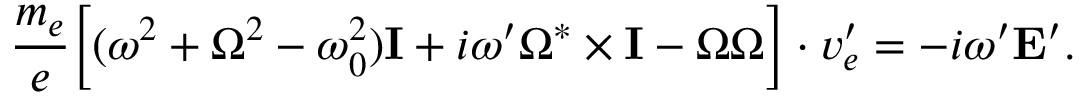
\frac { m _ { e } } { e } \Big [ ( \omega ^ { 2 } + \Omega ^ { 2 } - \omega _ { 0 } ^ { 2 } ) { \mathbf I } + i \omega ^ { \prime } \boldsymbol \Omega ^ { * } \times { \mathbf I } - \boldsymbol \Omega \boldsymbol \Omega \Big ] \cdot \boldsymbol v _ { e } ^ { \prime } = - i \omega ^ { \prime } \mathbf E ^ { \prime } .